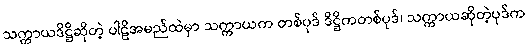
သက္ကာယဒိဋ္ဌိဆိုတဲ့ ပါဠိအမည်ထဲမှာ သက္ကာယက တစ်ပုဒ် ဒိဋ္ဌိကတစ်ပုဒ်၊ သက္ကာယဆိုတဲ့ပုဒ်က